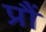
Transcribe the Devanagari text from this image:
प्रौं